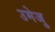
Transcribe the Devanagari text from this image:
उमेजु